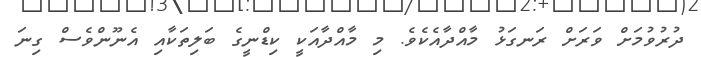
ދުރުވުމަށް ވަރަށް ރަނގަޅު މާއްދާއެކެވެ. މި މާއްދާއަކީ ކިޑްނީގެ ބަލިތަކާއި އެނޫންވެސް ގިނަ